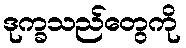
ဒုက္ခသည်တွေကို